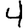
Digit: 4